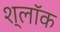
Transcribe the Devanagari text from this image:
श्लॉक